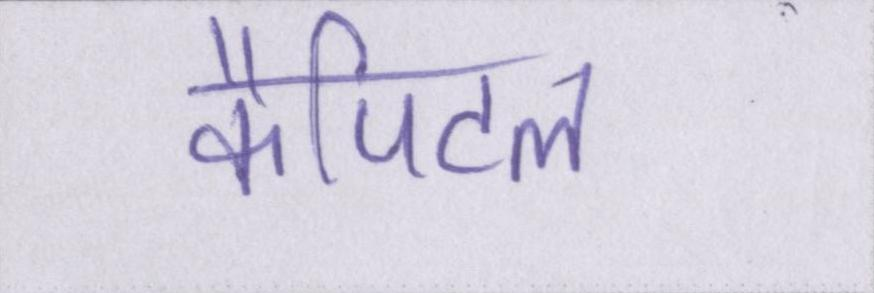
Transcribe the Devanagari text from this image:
कैपिटल